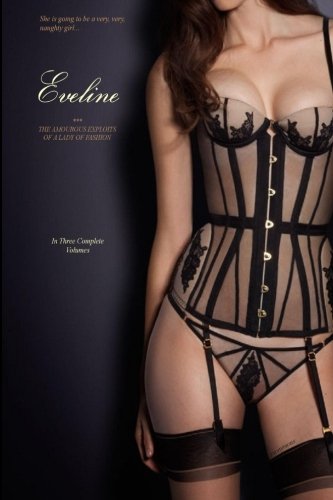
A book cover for Eveline (In Three Complete Volumes): The Amorous Exploits of a Lady of Fashion; Anonymous; Romance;